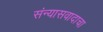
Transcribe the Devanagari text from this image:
संन्यासवादाचा